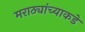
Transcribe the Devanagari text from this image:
मराठ्यांच्याकडे